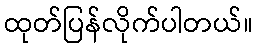
ထုတ်ပြန်လိုက်ပါတယ်။